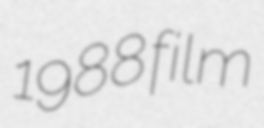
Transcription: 1988 film